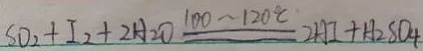
S O _ { 2 } + I _ { 2 } + 2 H _ { 2 } O \xlongequal { 1 0 0 \sim 1 2 0 ^ { \circ } C } 2 H I + H _ { 2 } S O _ { 4 }